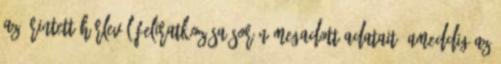
az Érintett hírlevél feliratkozása során megadott adatait, ameddig az